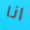
انا